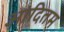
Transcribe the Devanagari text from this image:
आदितम